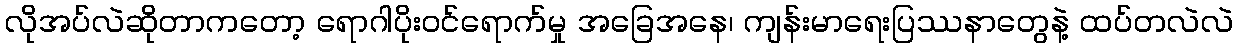
လိုအပ်လဲဆိုတာကတော့ ရောဂါပိုး၀င်ရောက်မှု အခြေအနေ၊ ကျန်းမာရေးပြဿနာတွေနဲ့ ထပ်တလဲလဲ